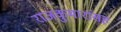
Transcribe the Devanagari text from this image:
राजकुमारांसह